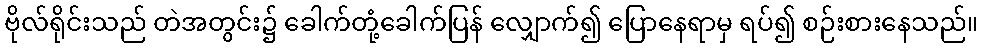
ဗိုလ်ရိုင်းသည် တဲအတွင်း၌ ခေါက်တုံ့ခေါက်ပြန် လျှောက်၍ ပြောနေရာမှ ရပ်၍ စဉ်းစားနေသည်။